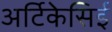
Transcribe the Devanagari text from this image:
अर्टिकेसिई